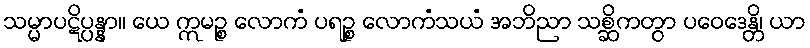
သမ္မာပဋိပ္ပန္နာ။ ယေ ဣမဉ္စ လောကံ ပရဉ္စ လောကံသယံ အဘိညာ သစ္ဆိကတွာ ပဝေဒေန္တိ၊ ယာ